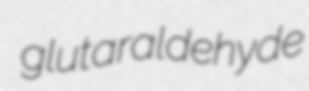
glutaraldehyde